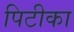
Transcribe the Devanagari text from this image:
पिटीका